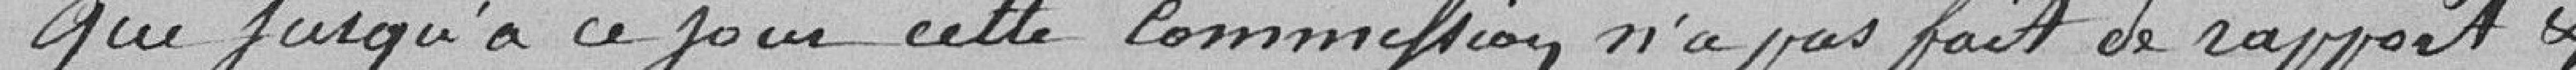
que jusqu'à ce jour, cette commission n'a pas fait de rapport et